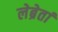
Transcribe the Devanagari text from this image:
लेब्रेतां